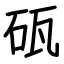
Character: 砙